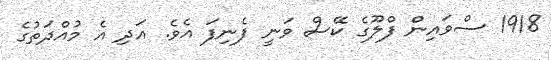
1918 ސްވައިން ފްލޫގެ ކޭސް ވަނީ ފެނިފަ އެވެ. އަދި އެ މުއްދަތުގެ